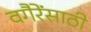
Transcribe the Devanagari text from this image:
वगैरेंसाठी